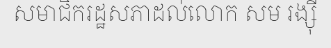
សមាជិករដ្ឋសភាដល់លោក សម រង្ស៊ី